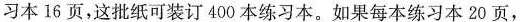
习本16页，这批纸可装订400本练习本。如果每本练习本20页，